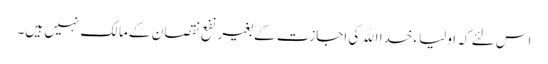
اس لئے کہ اولیاء خدا الله کی اجازت کے بغیر نفع نقصان کے مالک نہیں ہیں۔